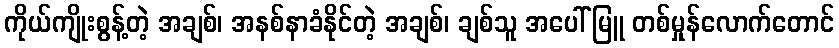
ကိုယ်ကျိုးစွန့်တဲ့ အချစ်၊ အနစ်နာခံနိုင်တဲ့ အချစ်၊ ချစ်သူ အပေါ် မြူ တစ်မှုန်လောက်တောင်